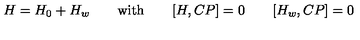
H = H _ { 0 } + H _ { w } \qquad \mathrm { w i t h } \qquad [ H , C P ] = 0 \qquad [ H _ { w } , C P ] = 0